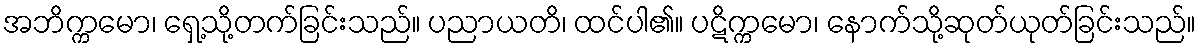
အဘိက္ကမော၊ ရှေ့သို့တက်ခြင်းသည်။ ပညာယတိ၊ ထင်ပါ၏။ ပဋိက္ကမော၊ နောက်သို့ဆုတ်ယုတ်ခြင်းသည်။